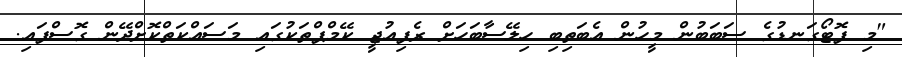
"މި ފޮޓޯގަނޑުގެ ސަބަބުން މީހުން އެބަތިބި ހިލޭސާބަހަށް ރެފިއުޖީ ކޭމްޕްތަކުގައި މަސައްކަތްކޮށްދޭން ގޮސްފައި.